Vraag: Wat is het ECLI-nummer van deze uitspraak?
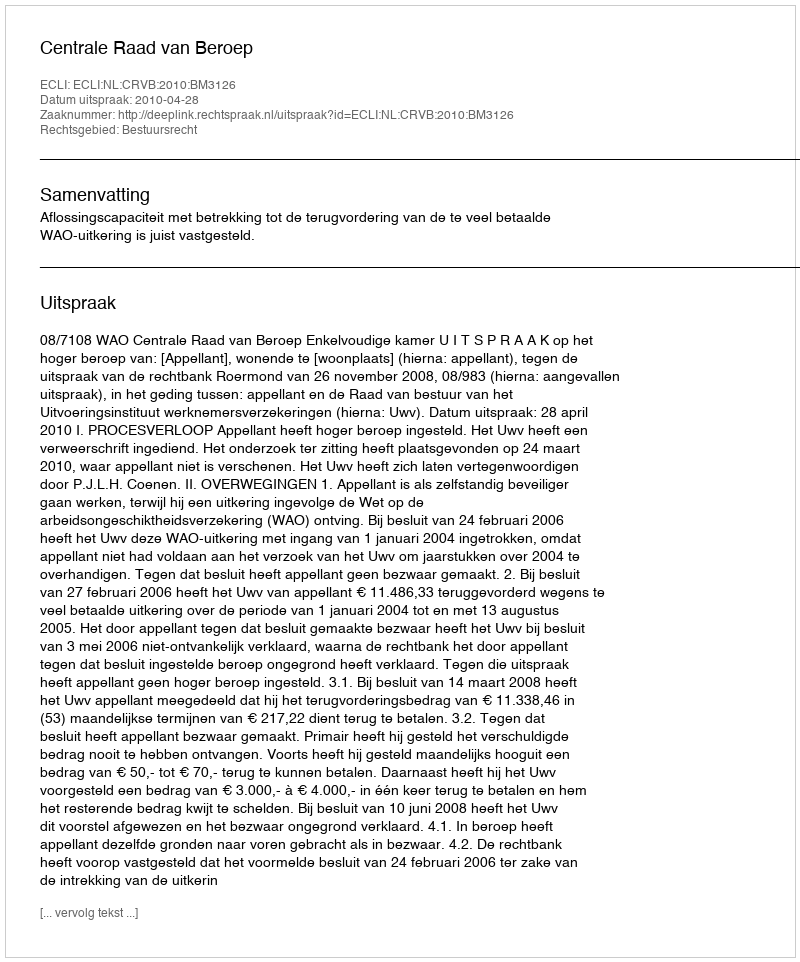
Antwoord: ECLI:NL:CRVB:2010:BM3126